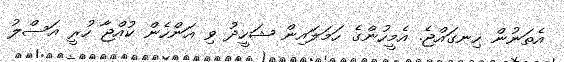
އެތަނުން ހިނގައްޖެ. އެމީހުންގެ ހަމަލައިން ޝަހީދު ވި އަންހެން ކުއްޖާ ހުރީ އަސްލު